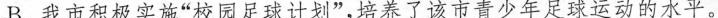
B.我市积极实施”校园足球计划”，培养了该市青少年足球运动的水平。